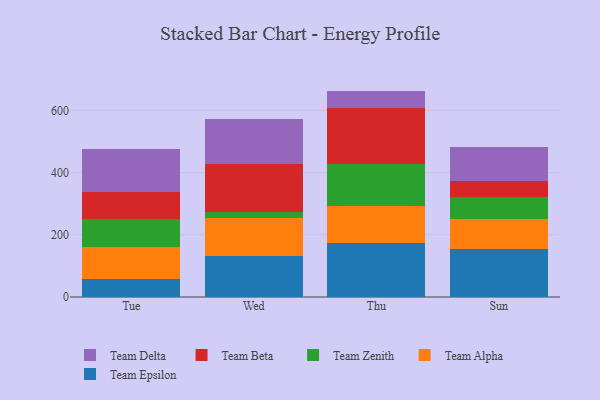
{"axis": {"x": "Day", "y": "Website Visitors"}, "legend": ["Team Alpha", "Team Beta", "Team Delta", "Team Epsilon", "Team Zenith"], "data": [{"x": "Tue", "y": 57.9, "type": "Team Epsilon"}, {"x": "Tue", "y": 102.5, "type": "Team Alpha"}, {"x": "Tue", "y": 91.7, "type": "Team Zenith"}, {"x": "Tue", "y": 86.3, "type": "Team Beta"}, {"x": "Tue", "y": 138.3, "type": "Team Delta"}, {"x": "Wed", "y": 131.6, "type": "Team Epsilon"}, {"x": "Wed", "y": 123.2, "type": "Team Alpha"}, {"x": "Wed", "y": 18.5, "type": "Team Zenith"}, {"x": "Wed", "y": 155.0, "type": "Team Beta"}, {"x": "Wed", "y": 144.1, "type": "Team Delta"}, {"x": "Thu", "y": 172.0, "type": "Team Epsilon"}, {"x": "Thu", "y": 121.5, "type": "Team Alpha"}, {"x": "Thu", "y": 133.5, "type": "Team Zenith"}, {"x": "Thu", "y": 179.8, "type": "Team Beta"}, {"x": "Thu", "y": 55.9, "type": "Team Delta"}, {"x": "Sun", "y": 153.6, "type": "Team Epsilon"}, {"x": "Sun", "y": 97.2, "type": "Team Alpha"}, {"x": "Sun", "y": 69.1, "type": "Team Zenith"}, {"x": "Sun", "y": 54.0, "type": "Team Beta"}, {"x": "Sun", "y": 108.1, "type": "Team Delta"}]}